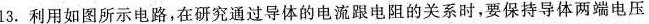
13.利用如图所示电路，在研究通过导体的电流跟电阻的关系时，要保持导体两端电压